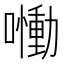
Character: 𡂁